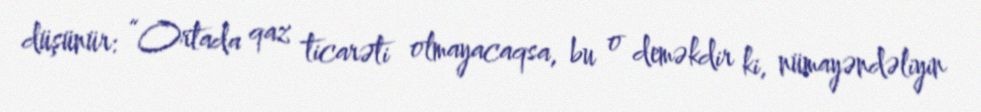
düşünür: “Ortada qaz ticarəti olmayacaqsa, bu o deməkdir ki, nümayəndəliyin